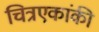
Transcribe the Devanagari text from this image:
चित्रएकांकी